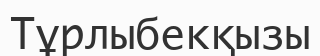
Тұрлыбекқызы